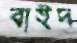
বাইদ